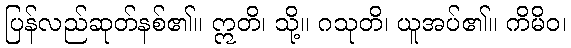
ပြန်လည်ဆုတ်နစ်၏။ ဣတိ၊ သို့။ ဂသုတိ၊ ယူအပ်၏။ ကိမိဝ၊